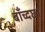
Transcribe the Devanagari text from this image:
बाँच्दछ।